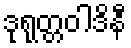
ဒုရုတ္တဝါဒိနီ